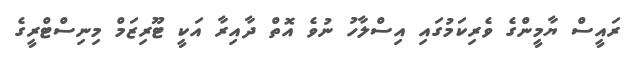
ރައީސް ޔާމީންގެ ވެރިކަމުގައި އިސްލާހު ނުވެ އޮތް ދާއިރާ އަކީ ޓޫރިޒަމް މިނިސްޓްރީގެ